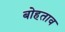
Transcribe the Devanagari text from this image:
बोहताव